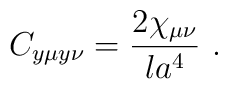
C_{y\mu y\nu} = {2\chi_{\mu\nu} \over l a^4}  \ .